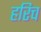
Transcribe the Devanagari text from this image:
हरिच